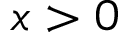
x > 0